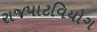
રાજપાટવિયોગ